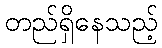
တည်ရှိနေသည့်